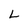
Character: L